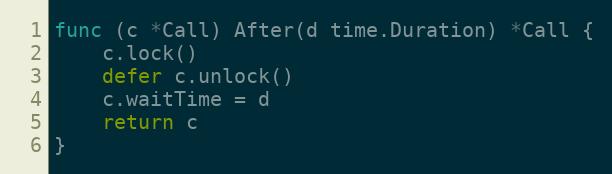
Language: Go
func (c *Call) After(d time.Duration) *Call {
	c.lock()
	defer c.unlock()
	c.waitTime = d
	return c
}